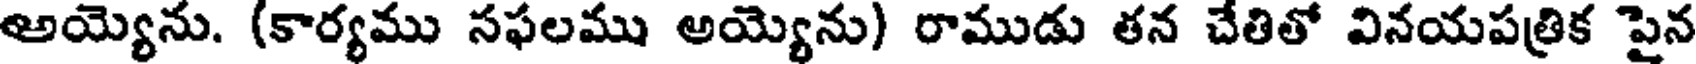
అయ్యెను. (కార్యము సఫలము అయ్యెను) రాముడు తన చేతితో వినయపత్రిక పైన